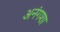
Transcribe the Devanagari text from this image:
अनंगशा